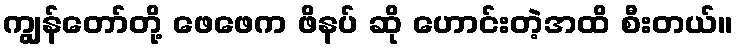
ကျွန်တော်တို့ ဖေဖေက ဖိနပ် ဆို ဟောင်းတဲ့အထိ စီးတယ်။